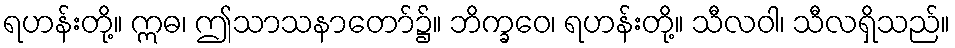
ရဟန်းတို့။ ဣဓ၊ ဤသာသနာတော်၌။ ဘိက္ခဝေ၊ ရဟန်းတို့။ သီလဝါ၊ သီလရှိသည်။